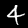
Digit: 4